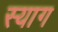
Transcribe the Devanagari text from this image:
स्याग